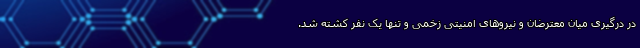
در درگیری میان معترضان و نیروهای امنیتی زخمی و تنها یک نفر کشته شد.